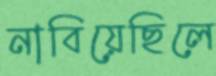
নাবিয়েছিলে